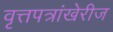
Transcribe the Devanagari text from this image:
वृत्तपत्रांखेरीज